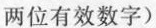
两位有效数字)